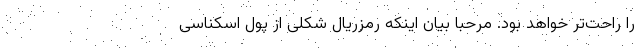
را راحت‌تر خواهد بود. مرحبا بیان اینکه رمزریال شکلی از پول اسکناسی